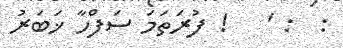
:  : '   ! ފުރަތަމަ ސަފްހާ ޚަބަރު